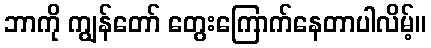
ဘာကို ကျွန်တော် တွေးကြောက်နေတာပါလိမ့်။